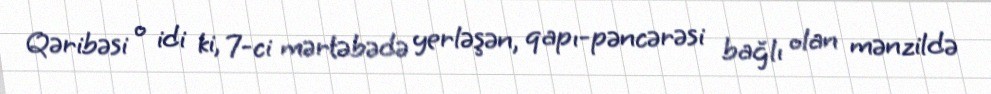
Qəribəsi o idi ki, 7-ci mərtəbədə yerləşən, qapı-pəncərəsi bağlı olan mənzildə